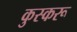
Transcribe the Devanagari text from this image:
कुस्करू